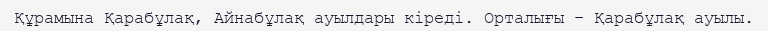
Құрамына Қарабұлақ, Айнабұлақ ауылдары кіреді. Орталығы – Қарабұлақ ауылы.